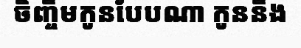
ចិញ្ចឹមកូនបែបណា កូននឹង